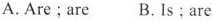
A.Are;are B.Is;are